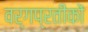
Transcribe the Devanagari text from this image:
वर्गप्रतीकों